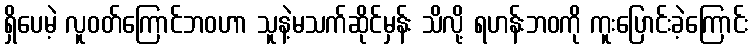
ရှိပေမဲ့ လူဝတ်ကြောင်ဘဝဟာ သူနဲ့မသက်ဆိုင်မှန်း သိလို့ ရဟန်းဘဝကို ကူးပြောင်းခဲ့ကြောင်း